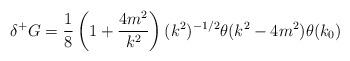
LaTeX: \begin{align*}\delta^+G=\frac{1}{8}\left( 1+\frac{4m^2}{k^2}\right) (k^2)^{-1/2}\theta (k^2-4m^2) \theta (k_0)\end{align*}